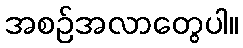
အစဉ်အလာတွေပါ။